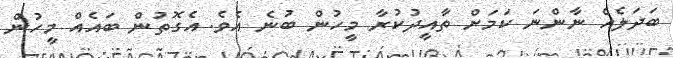
ބަދަލެއް ނާންނަ ކަމަށް ތާއީދުކުރާ މީހުން ބުނެ އެވެ. އެގޮތުން ބައެއް މީހުން